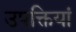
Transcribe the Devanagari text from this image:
उपक्तियां